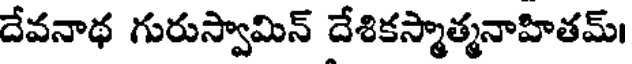
దేవనాథ గురుస్వామిన్ దేశికస్మాత్మనాహితమ్।